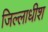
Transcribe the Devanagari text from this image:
जिल्लाधीश